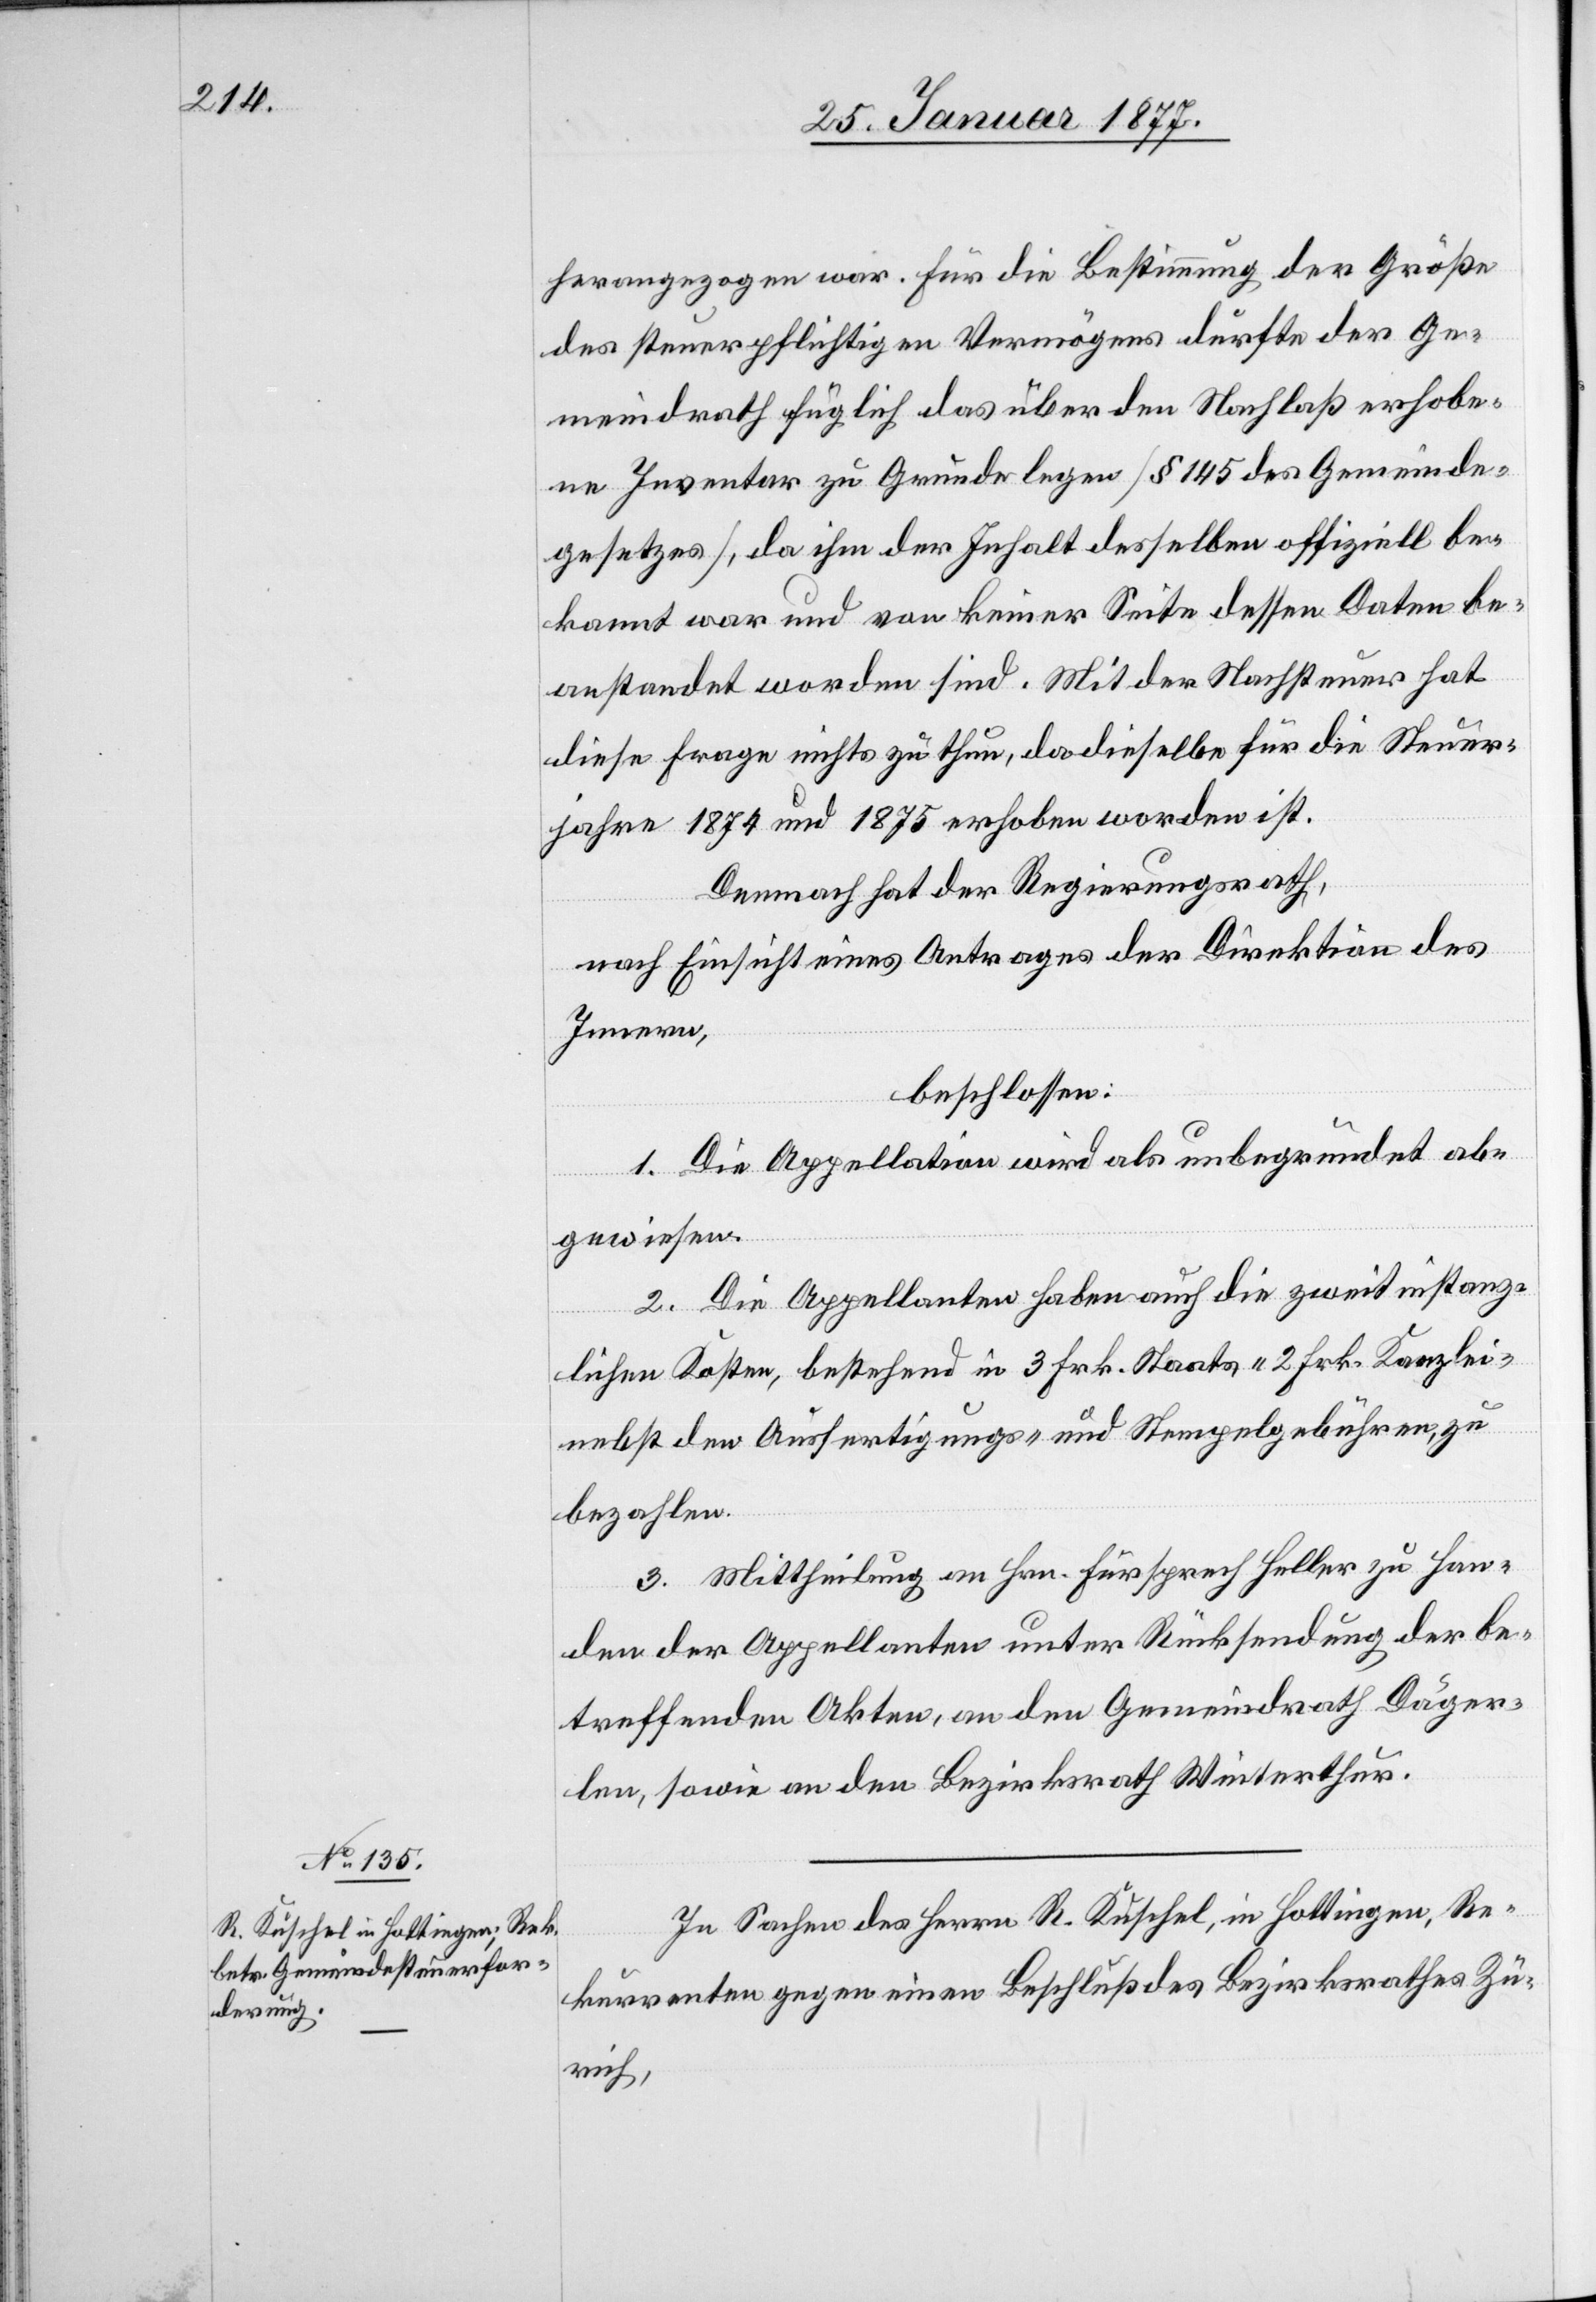
herangezogen war. Für die Bestimmung der Größe
des steuerpflichtigen Vermögens durfte der Ge¬
meindrath füglich das über den Nachlaß erhobe¬
ne Inventar zu Grunde legen [§ 145 des Gemeinde¬
gesetzes], da ihm der Inhalt desselben offiziell be¬
kannt war und von keiner Seite dessen Daten be¬
anstandet worden sind. Mit der Nachsteuer hat
diese Frage nichts zu thun, da dieselbe für die Steuer¬
jahre 1874 und 1875 erhoben worden ist.
Demnach hat der Regierungsrath,
nach Einsicht eines Antrages der Direktion des
Innern,
beschlossen:
1. Die Appellation wird als unbegründet ab¬
gewiesen.
2. Die Appellanten haben auch die zweitinstanz¬
lichen Kosten, bestehend in 3 Frk. Staats-[,] 2 Frk. Kanzlei-
nebst den Ausfertigungs- und Stempelgebühren, zu
bezahlen.
3. Mittheilung an Hrn. Fürsprech Heller zu Han¬
den der Appellanten unter Rücksendung der be¬
treffenden Akten, an den Gemeindrath Däger¬
len, sowie an den Bezirksrath Winterthur.
In Sachen des Herrn R. Kuschel, in Hottingen, Re¬
kurrenten gegen einen Beschluß des Bezirksrathes Zü¬
rich,